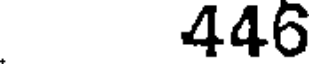
446